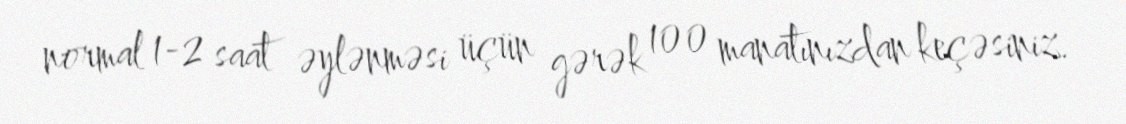
normal 1-2 saat əylənməsi üçün gərək 100 manatınızdan keçəsiniz.